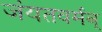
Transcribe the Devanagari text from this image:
जंयतवर्मन्